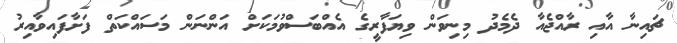
ޗައިނާ އާއި ރާއްޖެއާ ދެމެދު މިނިވަން ވިޔަފާރީގެ އެއްބަސްވުމަކަށް އަންނަން މަސައްކަތް ފަށާފައިވާއިރު